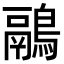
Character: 鷊